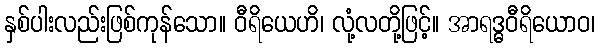
နှစ်ပါးလည်းဖြစ်ကုန်သော။ ဝီရိယေဟိ၊ လုံ့လတို့ဖြင့်။ အာရဒ္ဓဝီရိယောဝ၊